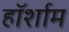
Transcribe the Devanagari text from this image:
हॉर्शाम